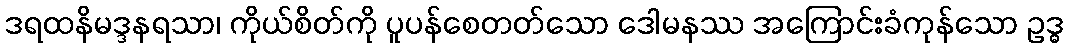
ဒရထနိမဒ္ဒနရသာ၊ ကိုယ်စိတ်ကို ပူပန်စေတတ်သော ဒေါမနဿ အကြောင်းခံကုန်သော ဥဒ္ဓ